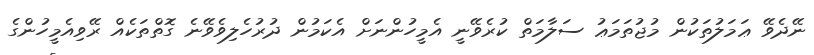
ނޭދެވޭ ޢަމަލުތަކުން މުޖުތަމަޢު ސަލާމަތް ކުރެވޭނީ އެމީހުންނަށް އެކަމުން ދުރުހެލިވެވޭނެ ގޮތްތަކެއް ރޭވިއެމީހުންގެ